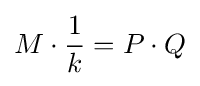
M\cdot {\frac {1}{k}}=P\cdot Q